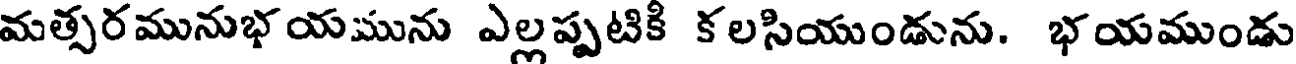
మత్సరమునుభయమును ఎల్లప్పటికి కలసియుండును. భయముండు